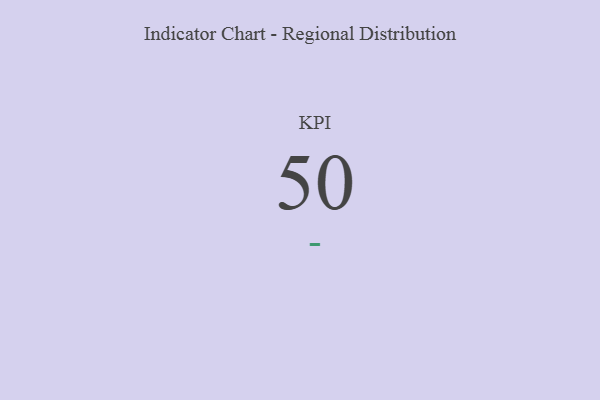
{"axis": {"x": "KPI", "y": "Value"}, "legend": [""], "data": [{"x": "KPI", "y": 50, "type": ""}]}